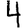
Digit: 4